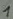
Text: 1